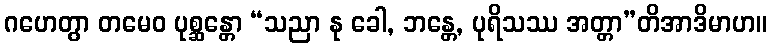
ဂဟေတွာ တမေဝ ပုစ္ဆန္တော “သညာ နု ခေါ, ဘန္တေ, ပုရိသဿ အတ္တာ”တိအာဒိမာဟ။